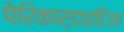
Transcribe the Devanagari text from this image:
पेरिकार्डाइटिस